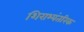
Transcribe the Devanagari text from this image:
शिराभ्यंतरिक